Indian journal of veterinary science and animal husbandry - Volumes 18-21, 1948-1951
Year: 1948
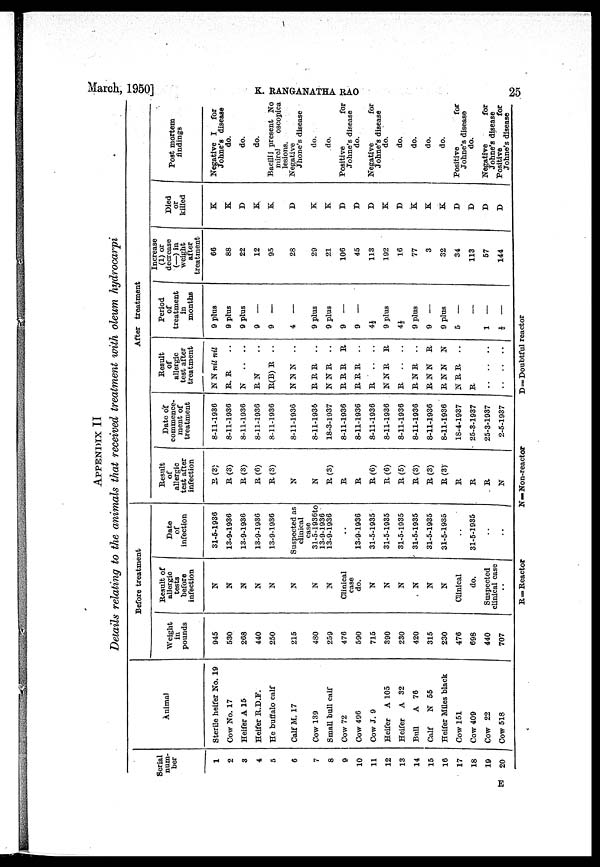
E